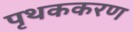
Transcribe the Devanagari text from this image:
पृथककरण